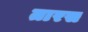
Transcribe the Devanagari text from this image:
तारस